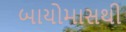
બાયોમાસથી